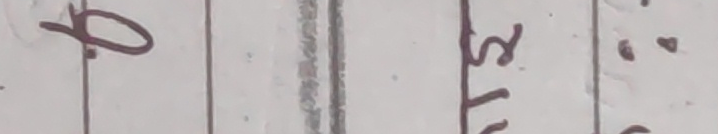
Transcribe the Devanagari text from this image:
क सट